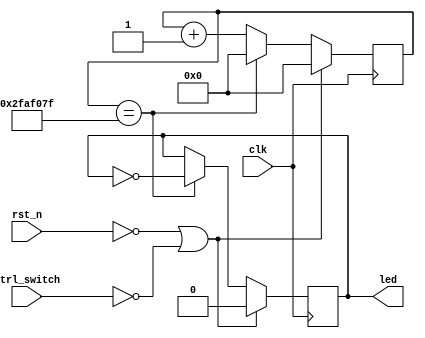
 module flash_led(
    input clk,
    input rst_n,
    input ctrl_switch,
    output led
    );

reg led_buff;
reg [25:0] cnt;

always @(posedge clk) begin
    if (!rst_n || !ctrl_switch) begin
        led_buff <= 0;
        cnt <= 0;
    end
    else if (cnt == 26'd4999_9999) begin //500
        led_buff <= ~led_buff;
        cnt <= 0;
    end
    else begin
        cnt <= cnt + 1;
    end
end

assign led = led_buff;
    
endmodule